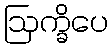
ဩက္ခိပေ